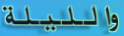
والليلة